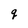
Character: q